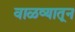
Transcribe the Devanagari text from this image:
वाळव्यातून